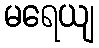
မရေယျ